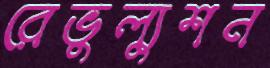
রেভুল্যুশন